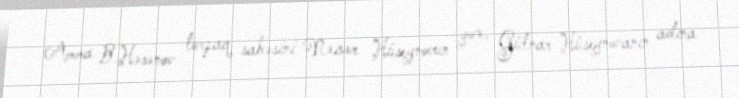
Amma B.Həsənov torpaq sahəsini Nəzər Hüseynovun yox, Gülnar Hüseynovanın adına